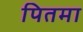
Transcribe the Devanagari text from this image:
पितमा